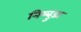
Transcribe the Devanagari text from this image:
निम्बुड़ा